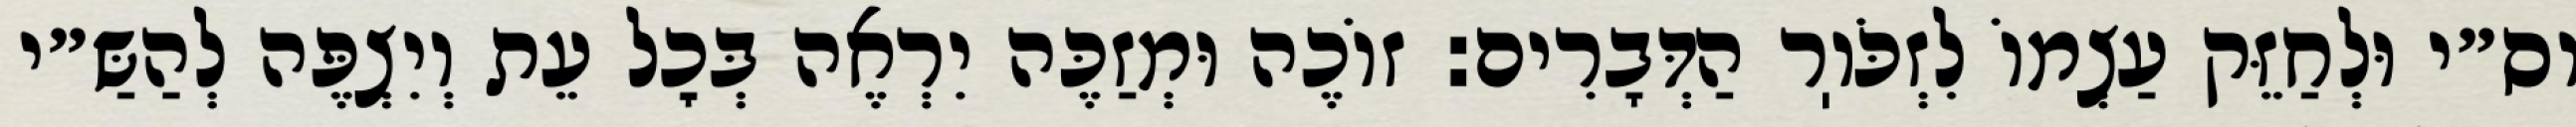
וס״י וּלְחַזֵּק עַצְמוֹ לִזְכֹּוֽר הַדְּבָרִים: זוֹכֶה וּמְזַכֶּה יִרְאֶה בְּכׇל עֵת וְיִצְפֶּה לְהַשַּ״י